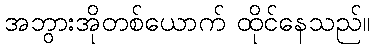
အဘွားအိုတစ်ယောက် ထိုင်နေသည်။